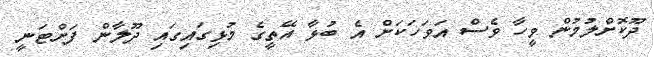
ދޫކޮށްލުމުން ވީހާ ވެސް އަވަހަކަށް އެ ބުޅާ އޭތީގެ މުޅިގައިގައި ދޫލާން ފަށްޓަނީ